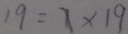
1 9 = 1 \times 1 9